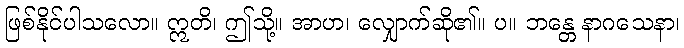
ဖြစ်နိုင်ပါသလော။ ဣတိ၊ ဤသို့။ အာဟ၊ လျှောက်ဆို၏။ ပ။ ဘန္တေ နာဂသေနာ၊